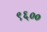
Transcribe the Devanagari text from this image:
९६००